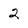
Character: 2